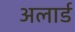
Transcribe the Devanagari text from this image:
अलार्ड